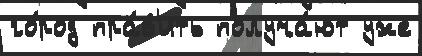
го́род пра́в'ить получа́ют уже